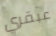
عبقري